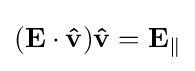
(\mathbf {E} \cdot \mathbf {\hat {v}} )\mathbf {\hat {v}} =\mathbf {E} _{\parallel }